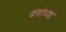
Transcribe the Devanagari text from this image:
ढंगांच्या